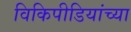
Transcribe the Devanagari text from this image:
विकिपीडियांच्या